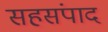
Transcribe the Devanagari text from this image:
सहसंपाद